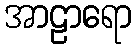
အာဠာရော